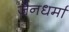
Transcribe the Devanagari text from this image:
जैनधर्मा